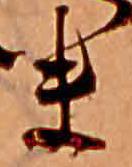
ま